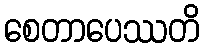
စေတာပေဿတိ